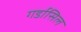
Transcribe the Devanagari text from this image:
गर्डासिल